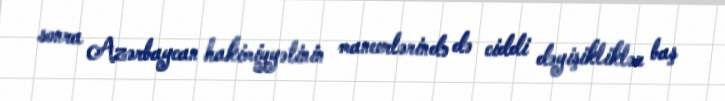
sonra Azərbaycan hakimiyyətinin manevrlərində də ciddi dəyişikliklər baş